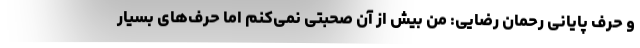
و حرف پایانی رحمان رضایی: من بیش از آن صحبتی نمی‌کنم اما حرف‌های بسیار